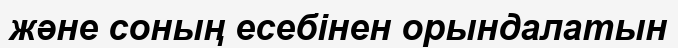
және соның есебінен орындалатын